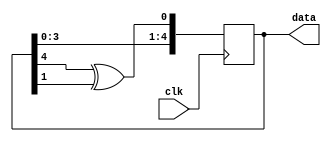
`timescale 1ns / 1ps

module Random(
         input  wire clk,
         output reg [4:0] data
       );

// fibonacci_lfsr

initial
  data = 4'hf;

wire feedback = data[4] ^ data[1];

always @(posedge clk)
  data <= {data[3:0], feedback};

endmodule